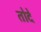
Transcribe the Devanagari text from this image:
तोदे